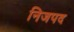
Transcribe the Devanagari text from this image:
निजपद